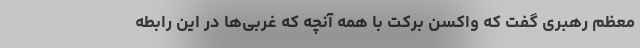
معظم رهبری گفت که واکسن برکت با همه آنچه که غربی‌ها در این رابطه